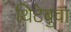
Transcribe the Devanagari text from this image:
थिटेबुवा